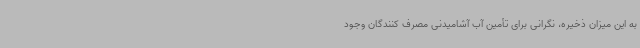
به این میزان ذخیره، نگرانی برای تأمین آب آشامیدنی مصرف کنندگان وجود